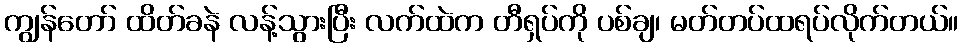
ကျွန်တော် ထိတ်ခနဲ လန့်သွားပြီး လက်ထဲက တီရှပ်ကို ပစ်ချ၊ မတ်တပ်ထရပ်လိုက်တယ်။